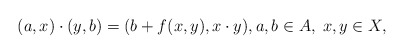
\begin{align*}(a,x)\cdot (y,b)=(b+f(x,y),x\cdot y),a,b\in A,\;x,y\in X,\end{align*}